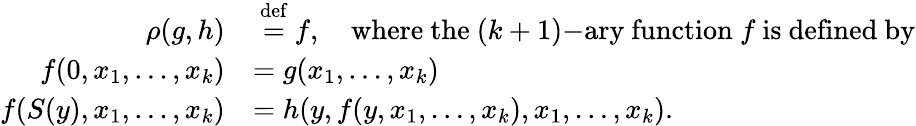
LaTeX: {\begin{array}{rl}{\rho(g,h)}&{\ {\stackrel{\mathrm{def}}{=}}\ f,\quad{\mathrm{where~the~}}(k+1){\mathrm{-ary~function~}}f{\mathrm{~is~defined~by}}}\\ {f(0,x_{1},\ldots,x_{k})}&{=g(x_{1},\ldots,x_{k})}\\ {f(S(y),x_{1},\ldots,x_{k})}&{=h(y,f(y,x_{1},\ldots,x_{k}),x_{1},\ldots,x_{k}).}\end{array}}